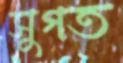
সুগত